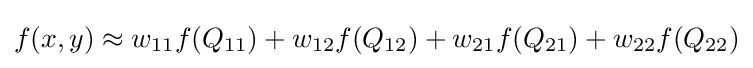
f(x,y)\approx w_{11}f(Q_{11})+w_{12}f(Q_{12})+w_{21}f(Q_{21})+w_{22}f(Q_{22})